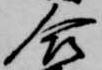
合